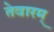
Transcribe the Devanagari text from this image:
तेवारम्‌